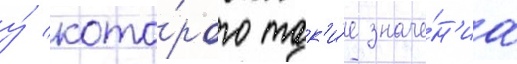
у́ кото́рого так'и́е значе́н'иа